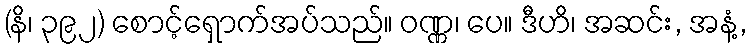
(နိ၊ ၃၉၂) စောင့်ရှောက်အပ်သည်။ ဝဏ္ဏ၊ ပေ။ ဒီဟိ၊ အဆင်း, အနံ့,